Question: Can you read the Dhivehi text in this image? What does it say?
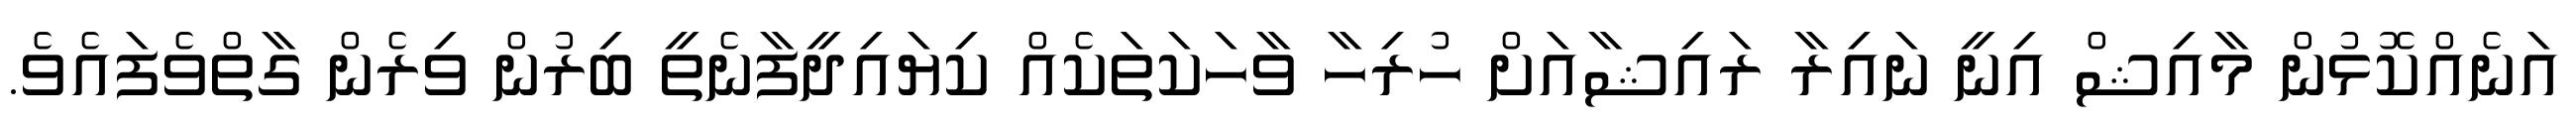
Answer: އަނެއްކޮޅުން މާއިޝް އިނީ ނައިރާ ރައިޝާއަށް ހުރިހާ ވާހަކަތަކެއް ކިޔައިދީފާނެތީ ބިރުން ވިރެން ގާތްވެފައެވެ.